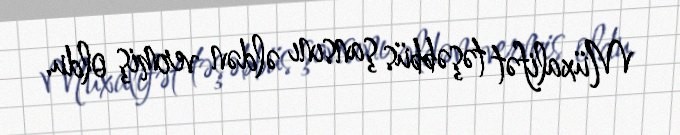
Müxalifət təşəbbüs şansını əldən vermiş oldu.